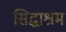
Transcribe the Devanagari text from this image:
सिद्धाश्रम